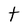
Character: t